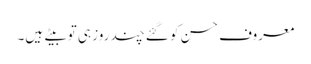
معروف حسن کو گئے چند روز ہی تو بیتے ہیں۔